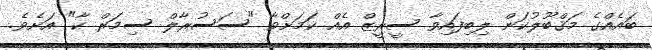
ބައެއްގެ މަޤްބޫލުކަން ލިބިފައިވާ ސީރީޒް އެއް ކަމަށްވާ "ސަސުރާލް ސިމަރް ކާ" އަށެވެ.